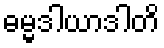
ဓမ္မဒါယာဒါတိ